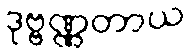
ဒုဗ္ဗဏ္ဏတာယ